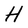
Character: H